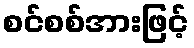
စင်စစ်အားဖြင့်